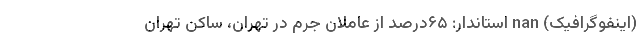
(اینفوگرافیک) nan استاندار: ۶۵درصد از عاملان جرم در تهران، ساکن تهران